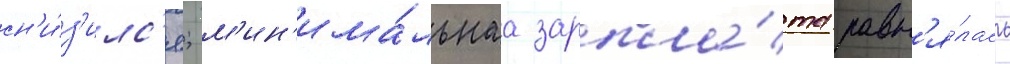
сн'и́з'илс'я; м'ин'има́льнаа зарпла́та равн'я́лась